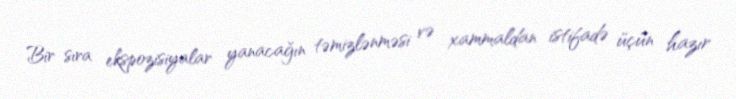
Bir sıra ekspozisiyalar yanacağın təmizlənməsi və xammaldan istifadə üçün hazır